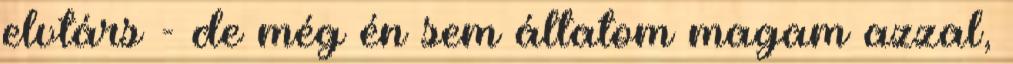
elvtárs - de még én sem áltatom magam azzal,